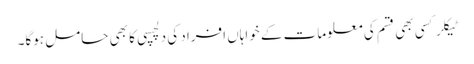
ٹیکلر کسی بھی قسم کی معلومات کے خواہاں افراد کی دلچسپی کا بھی حامل ہوگا۔